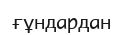
ғұндардан